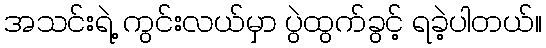
အသင်းရဲ့ ကွင်းလယ်မှာ ပွဲထွက်ခွင့် ရခဲ့ပါတယ်။